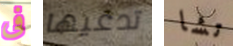
فى تدعيها تشا